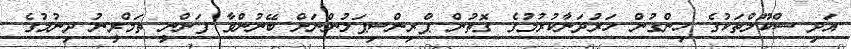
އަދި ސްކޫލްތަކުގެ ހިންގުން ހަރުދަނާކުރުމުގެ ގޮތުން ޕްރިންސިޕަލުންނަށް ބޭނުންވާ ފަންނީ ތަމްރީނު ދިނުމުގެ